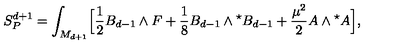
S _ { P } ^ { d + 1 } = \int _ { M _ { d + 1 } } \Bigl [ { \frac { 1 } { 2 } } B _ { d - 1 } \wedge F + { \frac { 1 } { 8 } } B _ { d - 1 } \wedge { } ^ { \star } B _ { d - 1 } + { \frac { \mu ^ { 2 } } { 2 } } A \wedge { } ^ { \star } A \Bigl ] ,